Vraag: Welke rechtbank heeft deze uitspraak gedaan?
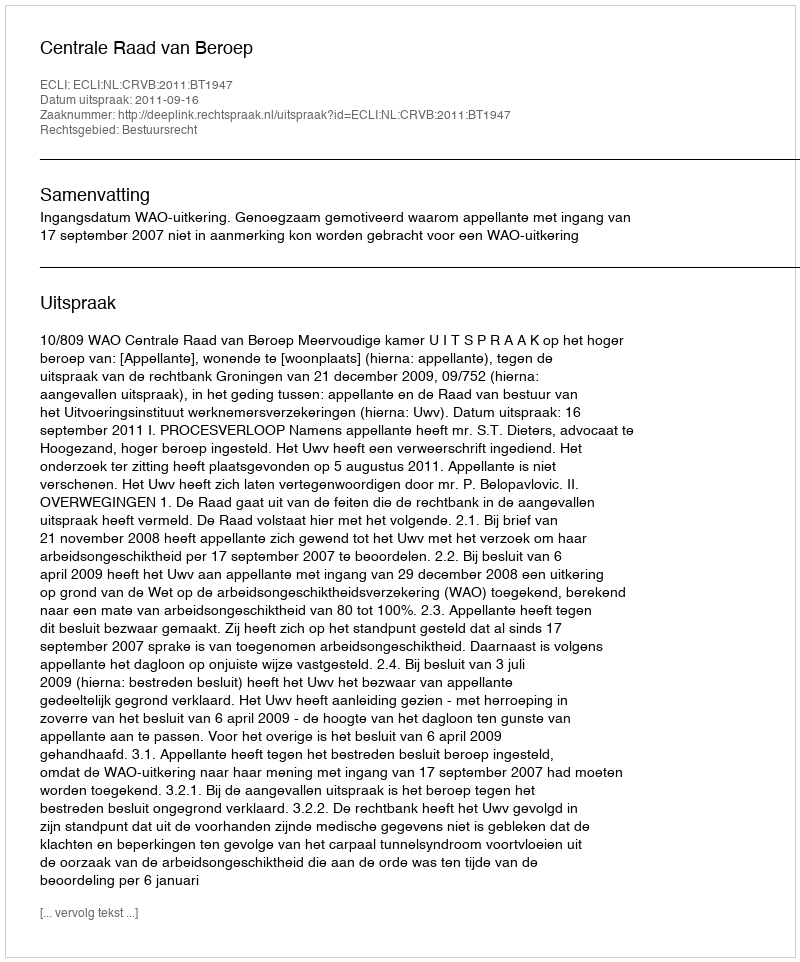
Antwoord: Centrale Raad van Beroep